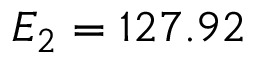
E _ { 2 } = 1 2 7 . 9 2